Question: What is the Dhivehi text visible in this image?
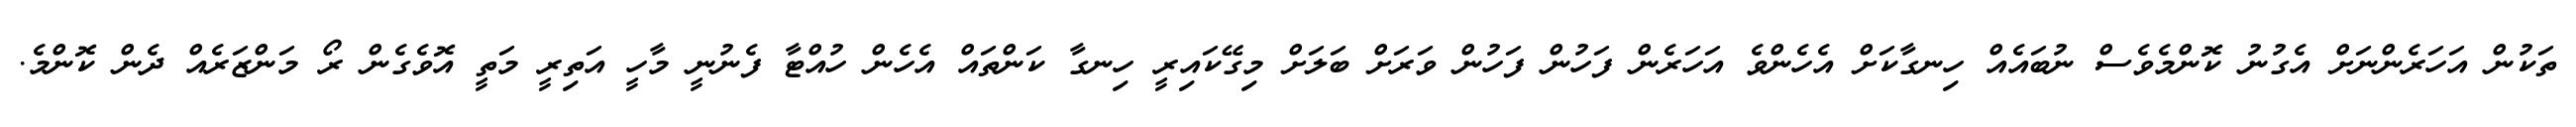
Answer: ތަކުން އަހަރެންނަށް އެގުނު ކޮންމެވެސް ނުބައެއް ހިނގާކަށް އެހެންވެ އަހަރެން ފަހުން ފަހުން ވަރަށް ބަލަށް މިގޭކައިރީ ހިނގާ ކަންތައް އެހެން ހުއްޓާ ފެނުނީ މާހީ އަތިރީ މަތީ އޮވެގެން ރޯ މަންޒަރެއް ދެން ކޮންމެ.